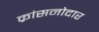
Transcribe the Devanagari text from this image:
क्रांसनोदार